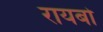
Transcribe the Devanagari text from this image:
रायबो